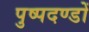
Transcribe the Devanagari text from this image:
पुष्पदण्डों